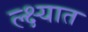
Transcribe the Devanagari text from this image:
ल्क्ष्यात